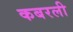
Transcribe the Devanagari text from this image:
कबरली